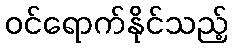
ဝင်ရောက်နိုင်သည့်